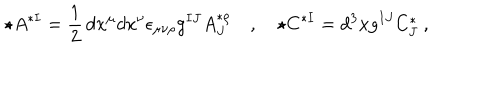
\star A ^ { * I } = \frac 1 2 \, d x ^ { \mu } d x ^ { \nu } \epsilon _ { \mu \nu \rho } g ^ { I J } A _ { J } ^ { * \rho } \quad , \quad \star C ^ { * I } = d ^ { 3 } x g ^ { I J } C _ { J } ^ { * } \ ,